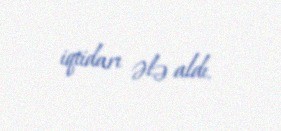
iqtidarı ələ aldı.